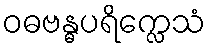
ဝဓဗန္ဓပရိက္လေသံ